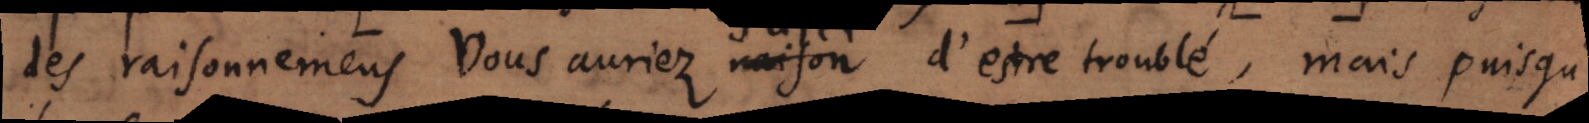
des raisonnemens Vous auriez raison d’estre troublé, mais puisqu’